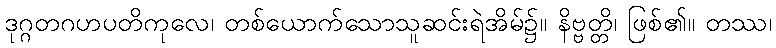
ဒုဂ္ဂတဂဟပတိကုလေ၊ တစ်ယောက်သောသူဆင်းရဲအိမ်၌။ နိဗ္ဗတ္တိ၊ ဖြစ်၏။ တဿ၊